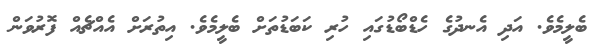
ބެލީމެވެ. އަދި އެނދުގެ ހެޑްބޯޑުގައި ހުރި ކަބަޑުތަށް ބެލީމެވެ. އިތުރަށް އެއްޗެއް ފޮރުވަން